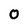
Character: 0